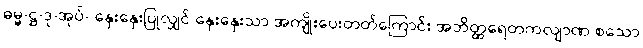
ဓမ္မ-ဋ္ဌ-ဒု-အုပ်- နှေးနှေးပြုလျှင် နှေးနှေးသာ အကျိုးပေးတတ်ကြောင်း အဘိတ္ထရေတကလျာဏ စသော